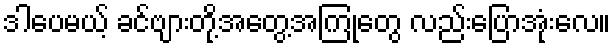
ဒါပေမယ့် ခင်ဗျားတို့အတွေ့အကြုံတွေ လည်းပြောအုံးလေ။